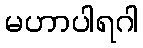
မဟာပါရဂါ